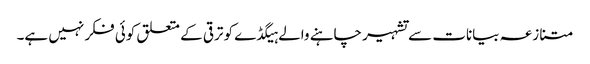
متنازعہ بیانات سے تشہیر چاہنے والے ہیگڈے کو ترقی کے متعلق کوئی فکر نہیں ہے۔